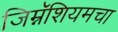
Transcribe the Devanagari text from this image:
जिम्नॅशियमचा